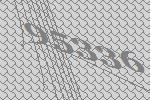
95336